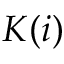
K ( i )